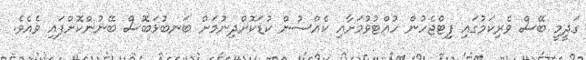
ގަދީމީ ބޭސް ވެރިކަމުގައި ފިޓްޖެހުން ހުއްޓުވުމަށާއި ކެއްސުން ކުޑަކޮށްދިނުމަށް ބަނބުޅަބޮސް ބޭނުންކޮށްފައި ވެއެވެ.